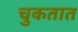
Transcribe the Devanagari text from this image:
चुकतात